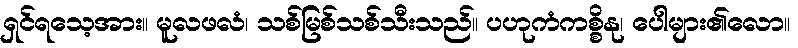
ရှင်ရသေ့အား။ မူလဖလံ၊ သစ်မြစ်သစ်သီးသည်။ ပဟုကံကစ္စိနု၊ ပေါများ၏လော။